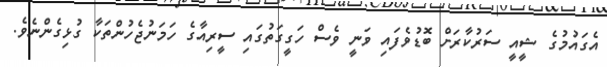
އެގައުމުގެ ޝީއީ ސަރުކާރަށް ބޮޑުވެފައި ވަނީ ވެސް ހަގީގަތުގައި ސީރިއާގެ ހަމަނުޖެހުންތަކާ ގުޅިގެންނެވެ.